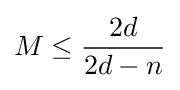
M\leq {\frac {2d}{2d-n}}